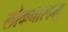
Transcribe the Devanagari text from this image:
लोकनारकावु